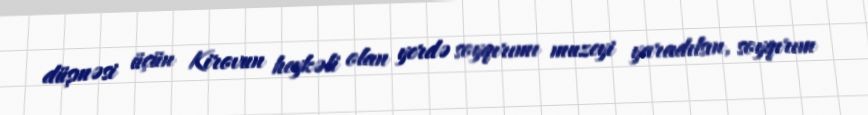
düşməsi üçün Kirovun heykəli olan yerdə soyqırımı muzeyi yaradılsın, soyqırım